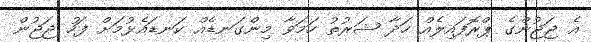
އެ ޖަޖުންގެ ޕްރޮފައިލެއް ހަދާ ޝަރުތު ހަމަވާ މިންގަނޑެއް ކަނޑައެޅުމަށް ފަހު ޖަޖުން